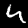
Digit: 4